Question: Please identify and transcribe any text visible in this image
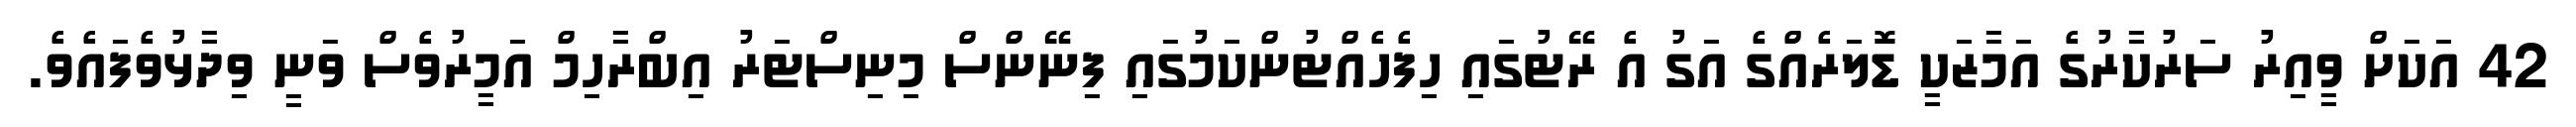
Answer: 42 އަކަށް ވީއިރު ސަރުކާރުގެ އަމާޒަކީ ޑޮލަރެއްގެ އަގު އެ ރޭޓުގައި ހިފެހެއްޓުންކަމުގައި ފިނޭންސް މިނިސްޓަރު އިބްރާހިމް އަމީރުވެސް ވަނީ ވިދާޅުވެފައެވެ.